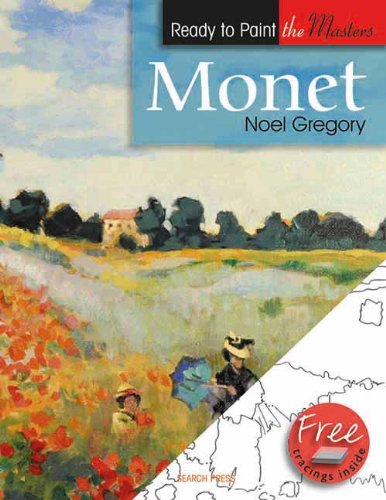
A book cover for Monet (Ready to Paint the Masters); Noel Gregory; Arts & Photography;